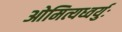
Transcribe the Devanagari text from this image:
ओमित्यध्वर्युः